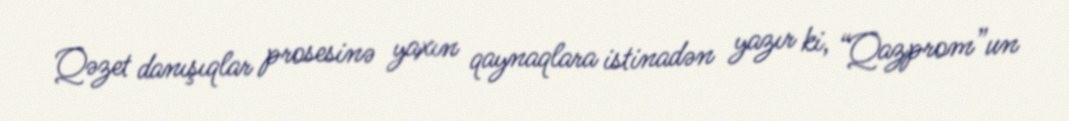
Qəzet danışıqlar prosesinə yaxın qaynaqlara istinadən yazır ki, “Qazprom”un